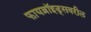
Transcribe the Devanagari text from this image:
फायब्रॉइड्‌सवरील